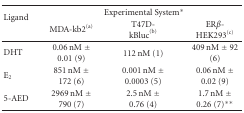
<table><thead><tr><td rowspan="2"><b>Ligand</b></td><td colspan="3"><b>Experimental System*</b></td></tr><tr><td><b>MDA-kb2<sup>(a)</sup></b></td><td><b>T47D-kBluc<sup>(b)</sup></b></td><td><b>ER<i>β</i>-HEK293<sup>(c)</sup></b></td></tr></thead><tbody><tr><td>DHT</td><td>0.06 nM ± 0.01 (9)</td><td>112 nM (1)</td><td>409 nM ± 92 (6)</td></tr><tr><td>E<sub>2</sub></td><td>851 nM ± 172 (6)</td><td>0.001 nM ± 0.0003 (5)</td><td>0.06 nM ± 0.02 (9)</td></tr><tr><td>5-AED</td><td>2969 nM ± 790 (7)</td><td> 2.5 nM ± 0.76 (4)</td><td>1.7 nM ± 0.26 (7)**</td></tr></tbody></table>